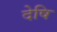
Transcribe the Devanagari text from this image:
देषि